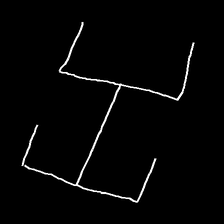
Glyph: entwine